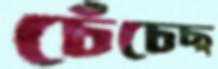
চেঁচেছ